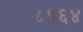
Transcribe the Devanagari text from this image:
८१६४